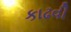
કાઢવી